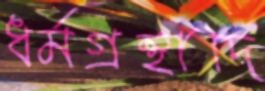
ধর্মগ্রন্থাদি